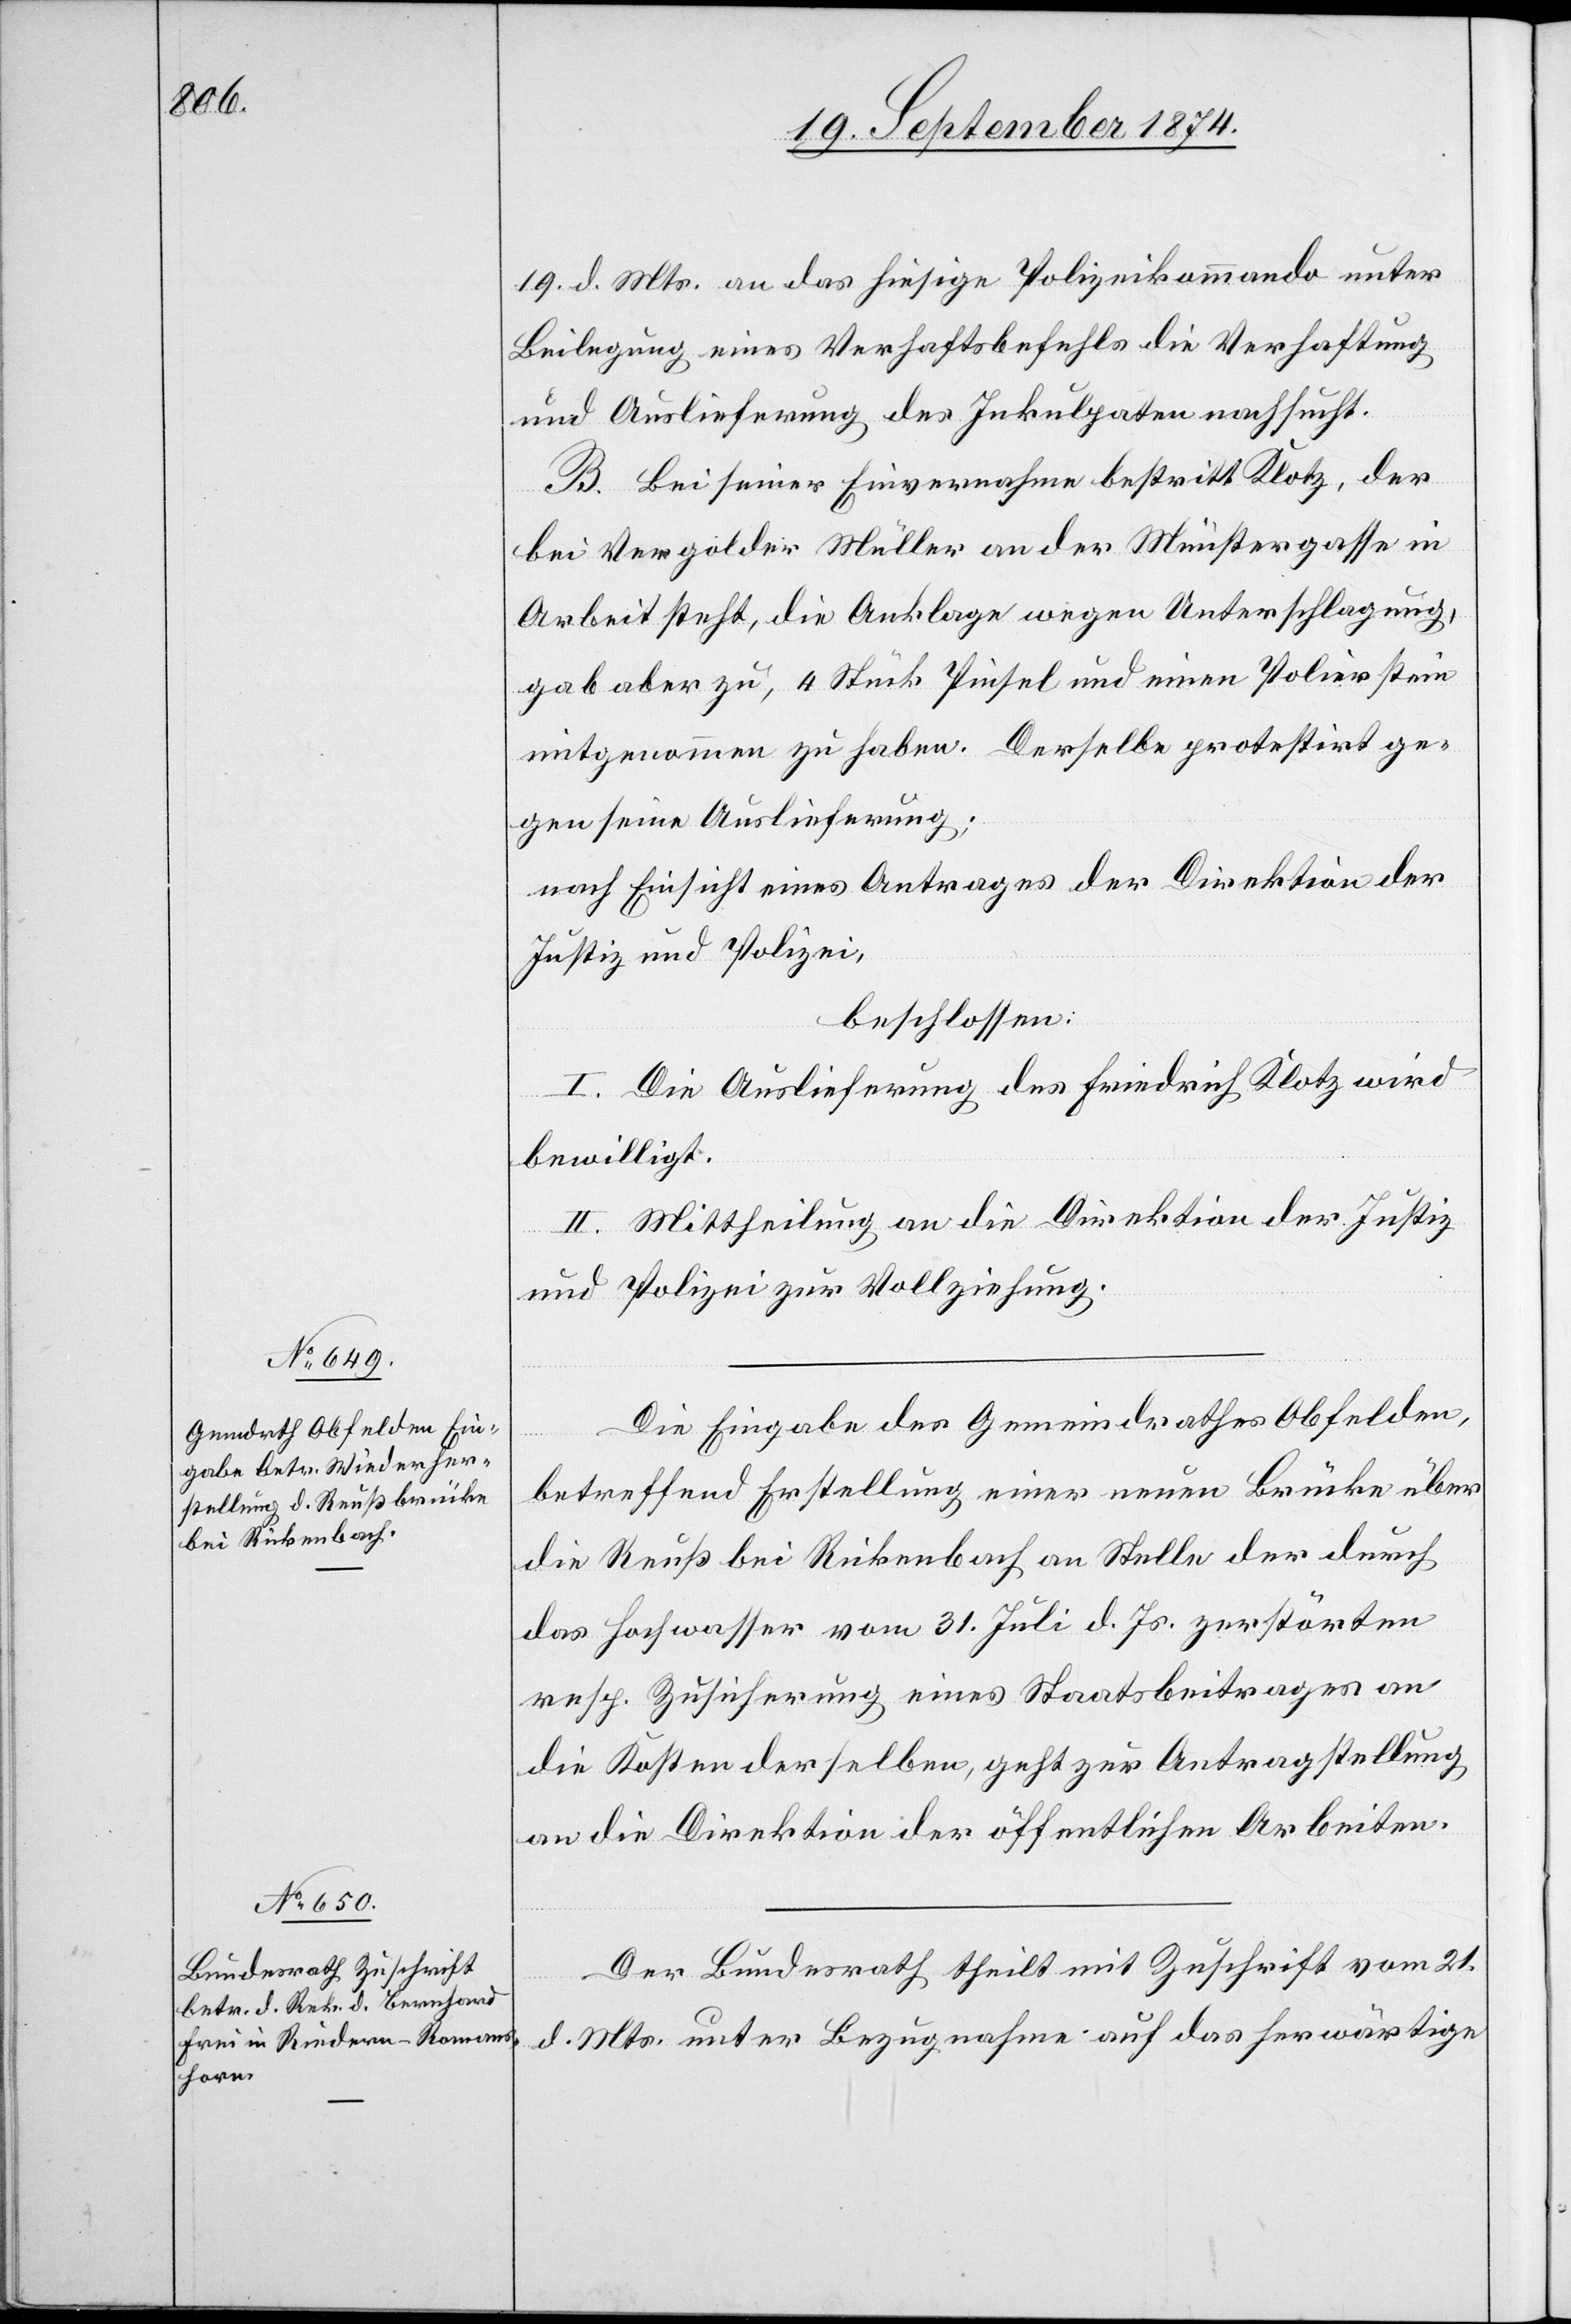
23. September 1874.]
19. d. Mts. an das hiesige Polizeikommando unter
Beilegung eines Verhaftsbefehls die Verhaftung
und Auslieferung des Inkulpaten nachsucht.
B. Bei seiner Einvernahme bestritt Klotz, der
bei Vergolder Müller an der Münstergasse in
Arbeit steht, die Anklage wegen Unterschlagung,
gab aber zu, 4 Stück Pinsel und einen Polierstein
mitgenommen zu haben. Derselbe protestirt ge¬
gen seine Auslieferung;
nach Einsicht eines Antrages der Direktion der
Justiz und Polizei,
beschlossen:
I. Die Auslieferung des Friedrich Klotz wird
bewilligt.
II. Mittheilung an die Direktion der Justiz
und Polizei zur Vollziehung.
Die Eingabe des Gemeindrathes Obfelden,
betreffend Erstellung einer neuen Brücke über
die Reuß bei Rickenbach an Stelle der durch
das Hochwasser vom 31. Juli d. Js. zerstörten
resp. Zusicherung eines Staatsbeitrages an
die Kosten derselben, geht zur Antragstellung
an die Direktion der öffentlichen Arbeiten.
Der Bundesrath theilt mit Zuschrift vom 21.
d. Mts. unter Bezugnahme auf das herwärtige